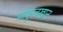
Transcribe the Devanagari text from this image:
माफुजखान